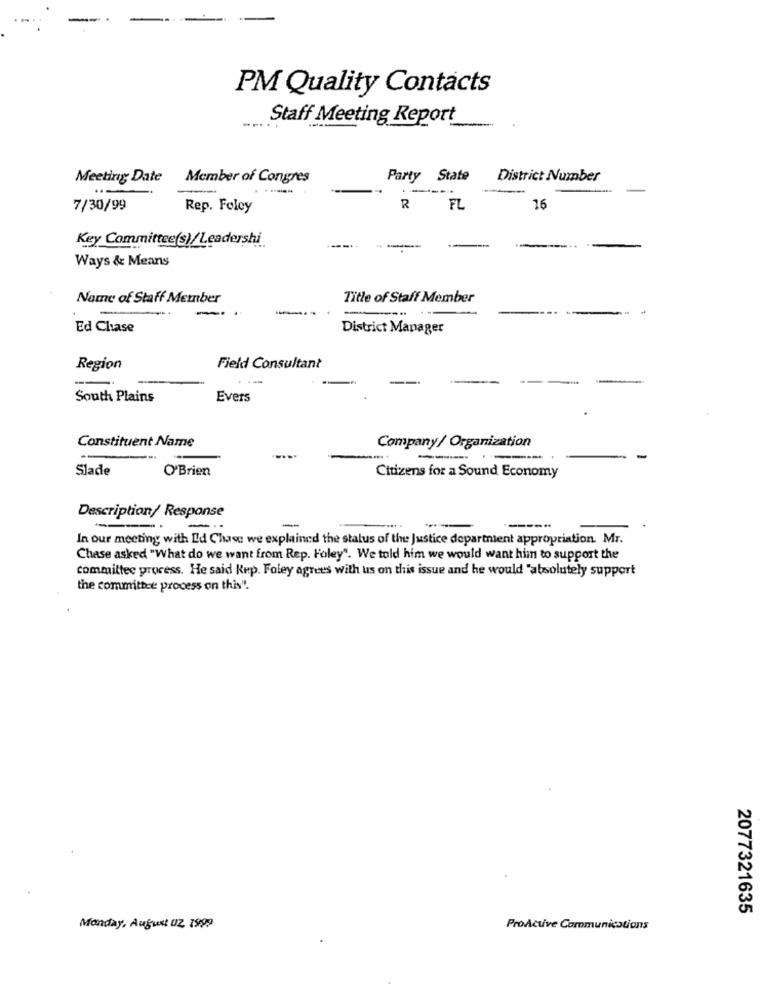
PM Quality Contacts
Staff Meeting Report
Meeting Date
Member of Congres
Party State
District Number
7/30/99
Rep. Foley
R
FL
16
Key Committee(s)/Leadershi
-
Ways & Means
Name of Staff Member
Title of Staff Member
-
Ed Chase
District Manager
Region
Field Consultant
South Plains
Evers
Constituent Name
Company/ Organization
-
-
Slade
O'Brien
Citizens for a Sound Economy
Description/ Response
-
------
In our meeting with Id Chase we explained the status of the Justice departient appropriation. Mr.
Chase asked "What do we want from Rep. Foley". We told him we would want him to support the
committee process. He said Rep. Foley agrees with us on this issue and he would "absolutely support
the committee process on this".
2077321635
Monday, August UZ, 1999
ProActive Communications